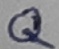
Text: Q